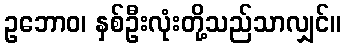
ဥဘောဝ၊ နှစ်ဦးလုံးတို့သည်သာလျှင်။